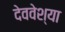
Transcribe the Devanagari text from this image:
देववेश्या